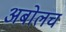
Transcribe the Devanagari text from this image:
अबोलच